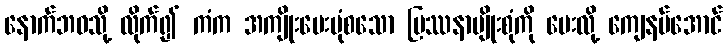
နောက်ဘဝသို့ လိုက်၍ ကံက အကျိုးပေးပုံစသော ပြဿနာမျိုးစုံကို မေးလို့ ကျေနပ်အောင်